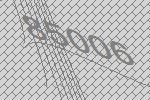
85006